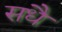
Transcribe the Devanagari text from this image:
सधै